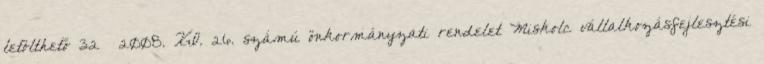
letölthető 32 2008. XI. 26. számú önkormányzati rendelet Miskolc vállalkozásfejlesztési